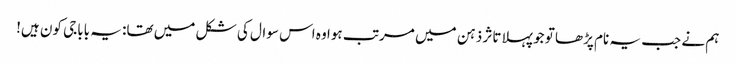
ہم نے جب یہ نام پڑھا تو جو پہلا تاثر ذہن میں مرتب ہوا وہ اس سوال کی شکل میں تھا: یہ باباجی کون ہیں!